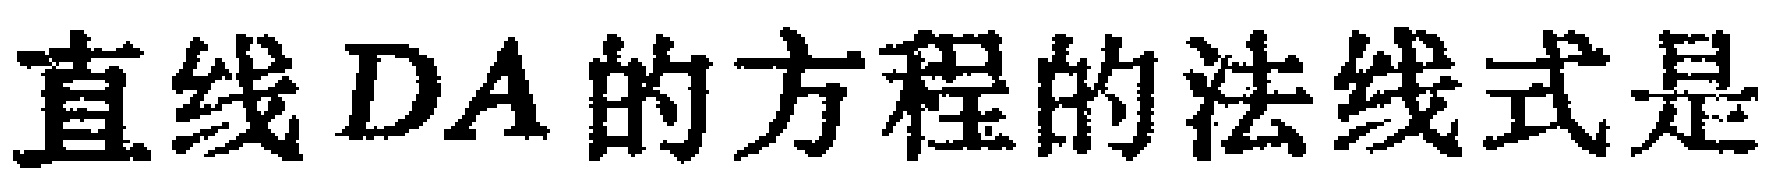
直线 \(DA\) 的方程的法线式是